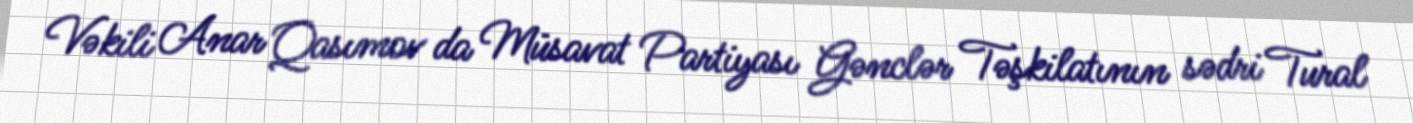
Vəkili Anar Qasımov da Müsavat Partiyası Gənclər Təşkilatının sədri Tural